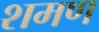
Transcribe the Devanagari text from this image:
शमण